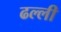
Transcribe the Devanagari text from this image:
ढल्ली